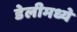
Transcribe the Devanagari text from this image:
डेलीमध्ये